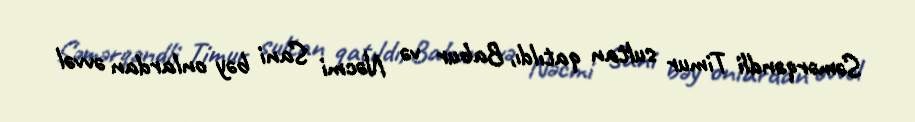
Səmərqəndli Timur sultan qatıldı, Babur və Nəcmi Sani bəy onlardan əvvəl